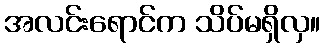
အလင်းရောင်က သိပ်မရှိလှ။